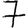
Digit: 7